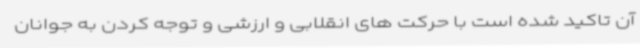
آن تاکید شده است با حرکت های انقلابی و ارزشی و توجه کردن به جوانان